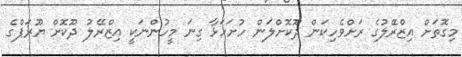
މިގޮތަށް އިޒްރޭލުގެ ރަށްވެހިކަން ދޫކޮށްލަން ހުށަހަޅާ ގިނަ މީހުންނަކީ އިޒްރޭލު ދޫކޮށް ޔޫރަޕްގެ